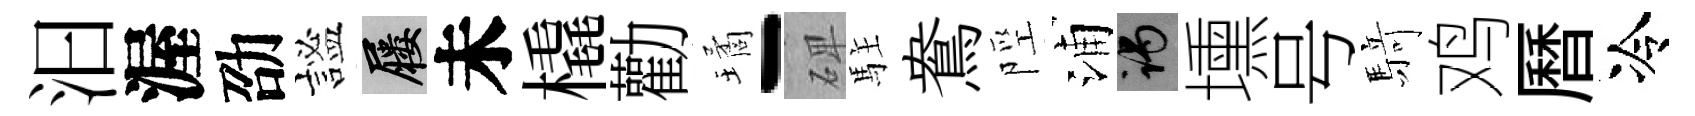
汩渥劭謐屨未橇勸璚-𥓓駐鴦陘浦谒壎号𮪍鸡曆冷